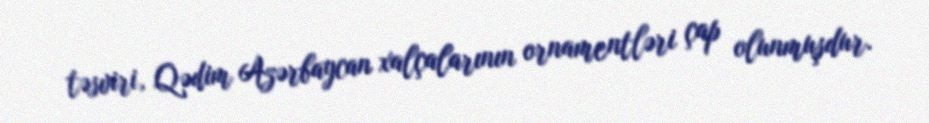
təsviri, Qədim Azərbaycan xalçalarının ornamentləri çap olunmuşdur.